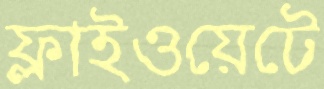
ফ্লাইওয়েটে